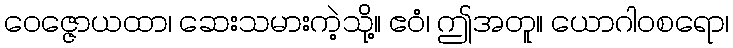
ဝေဇ္ဇောယထာ၊ ဆေးသမားကဲ့သို့။ ဧဝံ၊ ဤအတူ။ ယောဂါဝစရော၊